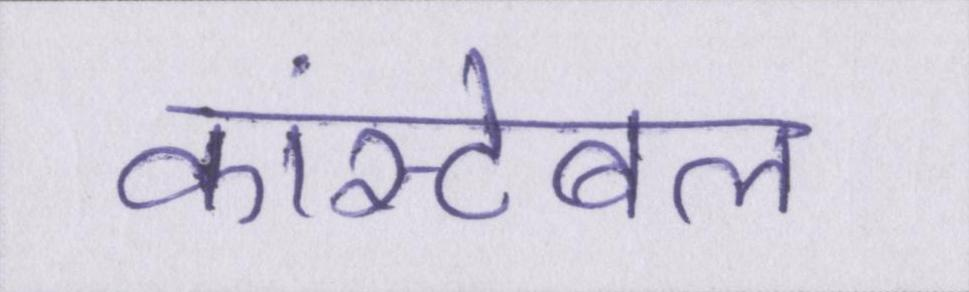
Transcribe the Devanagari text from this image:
कांस्टेबल